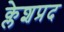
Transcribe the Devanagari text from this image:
क्लेशप्रद